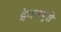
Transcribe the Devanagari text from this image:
इंगलपुरी